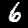
Digit: 6